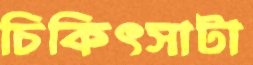
চিকিৎসাটা